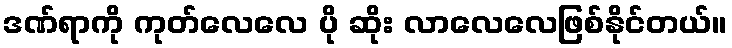
ဒဏ်ရာကို ကုတ်လေလေ ပို ဆိုး လာလေလေဖြစ်နိုင်တယ်။